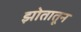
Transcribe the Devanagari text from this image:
झोतातून